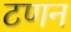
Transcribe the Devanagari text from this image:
टणन